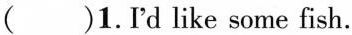
( )1.I'd like some fish.